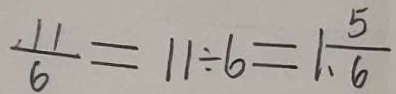
\frac { 1 1 } { 6 } = 1 1 \div 6 = 1 \frac { 5 } { 6 }